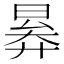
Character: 𣈠